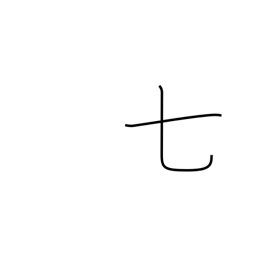
Meaning: seven